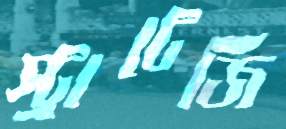
স্ট্রাটেজি